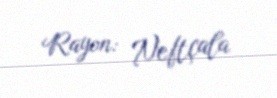
Rayon: Neftçala